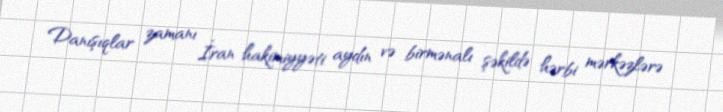
Danışıqlar zamanı İran hakimiyyəti aydın və birmənalı şəkildə hərbi mərkəzlərə